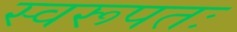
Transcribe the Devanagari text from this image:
स्वरूपतः